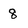
Character: 8